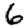
Digit: 6